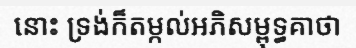
នោះ ទ្រង់ក៏តម្កល់អភិសម្ពុទ្ធគាថា